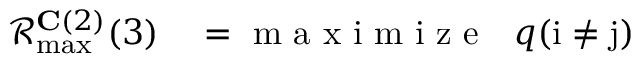
\begin{array} { r l } { \mathcal { R } _ { \operatorname* { m a x } } ^ { \mathbf { C } ( 2 ) } ( 3 ) } & { { } = \mathrm { ~ m ~ a ~ x ~ i ~ m ~ i ~ z ~ e ~ } ~ ~ q ( \mathrm { i } \neq \mathrm { j } ) } \end{array}